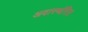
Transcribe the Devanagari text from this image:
अवास्थंरित